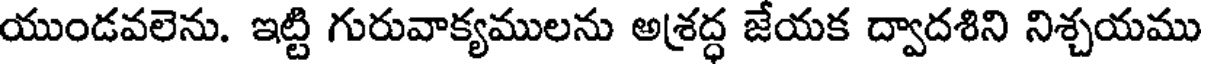
యుండవలెను. ఇట్టి గురువాక్యములను అశ్రద్ధ జేయక ద్వాదశిని నిశ్చయము